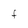
Character: f